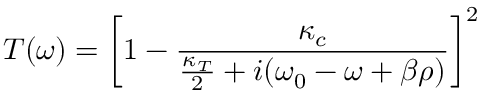
T ( \omega ) = \left[ 1 - \frac { \kappa _ { c } } { \frac { \kappa _ { T } } { 2 } + i ( \omega _ { 0 } - \omega + \beta \rho ) } \right] ^ { 2 }